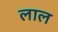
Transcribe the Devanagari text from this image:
लाल